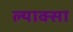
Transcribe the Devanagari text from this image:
ल्याक्सा